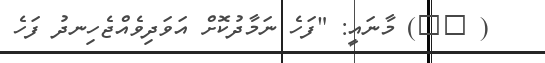
( ١٠) މާނައީ: "ފަހެ ނަމާދުކޮށް އަވަދިވެއްޖެހިނދު ފަހެ